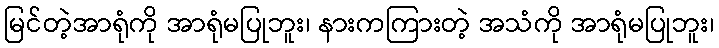
မြင်တဲ့အာရုံကို အာရုံမပြုဘူး၊ နားကကြားတဲ့ အသံကို အာရုံမပြုဘူး၊